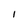
Character: 1